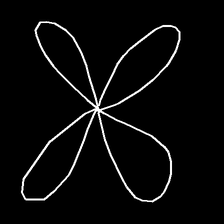
Glyph: billowing